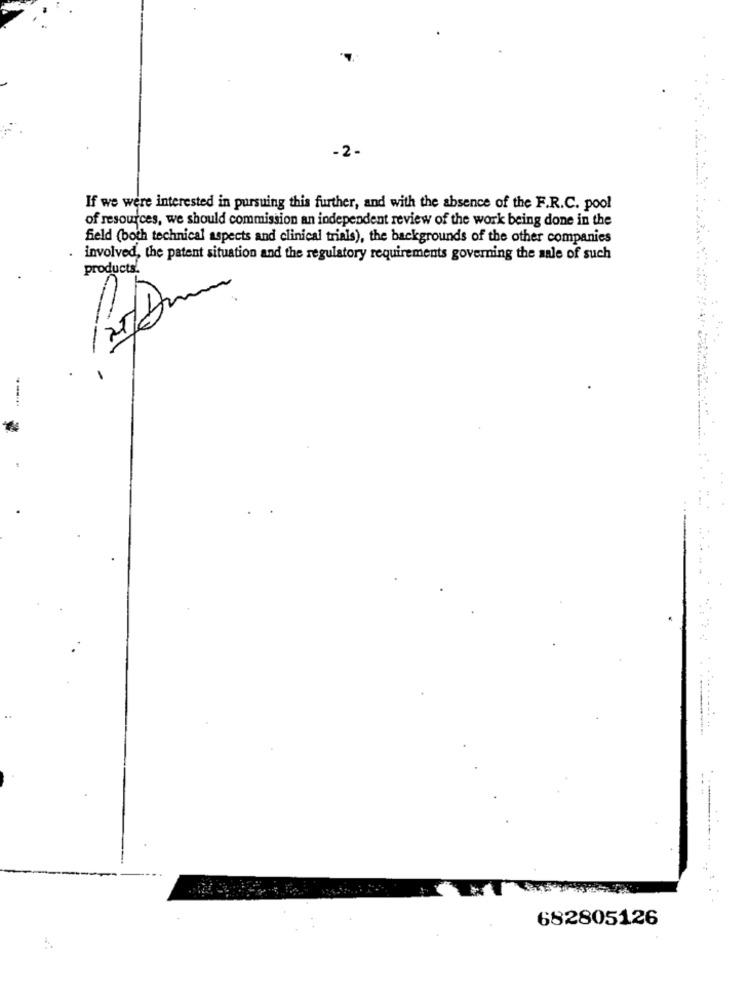
- 2-
If we were interested in pursuing this further, and with the absence of the F.R.C. pool
of resources, we should commission an independent review of the work being done in the
field (both technical aspects and clinical trials), the backgrounds of the other companies
involved, the patent situation and the regulatory requirements governing the sale of such
products.
-
--
..
682805126